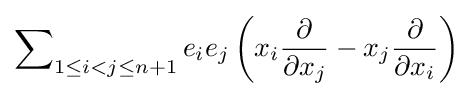
\sum \nolimits _{1\leq i<j\leq n+1}e_{i}e_{j}\left(x_{i}{\frac {\partial }{\partial x_{j}}}-x_{j}{\frac {\partial }{\partial x_{i}}}\right)